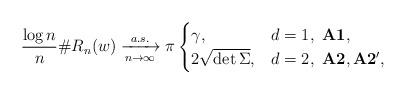
LaTeX: \begin{align*}\frac{\log n}{n}\# R_{n}(w)\xrightarrow[n\to\infty]{a.s.}\pi\begin{cases}\gamma, & d=1,{\bf \ A1},\\2\sqrt{\det\Sigma}, & d=2,\ {\bf A2}, {\bf A2'},\end{cases}\end{align*}